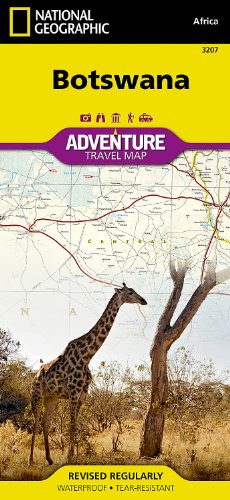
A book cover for Botswana (National Geographic Adventure Map); National Geographic Maps - Adventure; Travel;